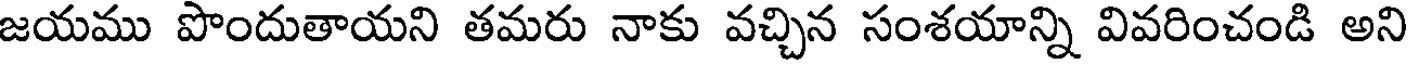
జయము పొందుతాయని తమరు నాకు వచ్చిన సంశయాన్ని వివరించండి అని